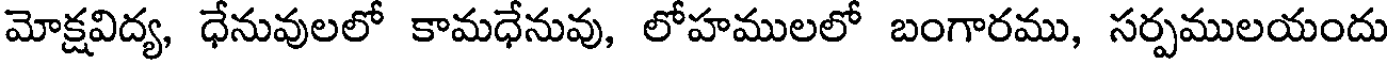
మోక్షవిద్య, ధేనువులలో కామధేనువు, లోహములలో బంగారము, సర్పములయందు